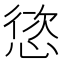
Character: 𢝩